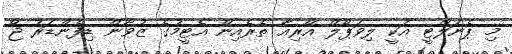
މި ޕެނަލްޓީ އަކީ ލިވަޕޫލް އޭރިއާ ތެރެއިން އެޓީމުގެ ޒުވާން ޑިފެންޑަރު ޖޯ